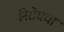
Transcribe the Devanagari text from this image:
निरोधचा